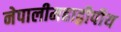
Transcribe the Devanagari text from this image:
नेपालीमहाद्वीपीय